Vaccination in Burma 1889-1999 - 1889-1999
Year: 1889
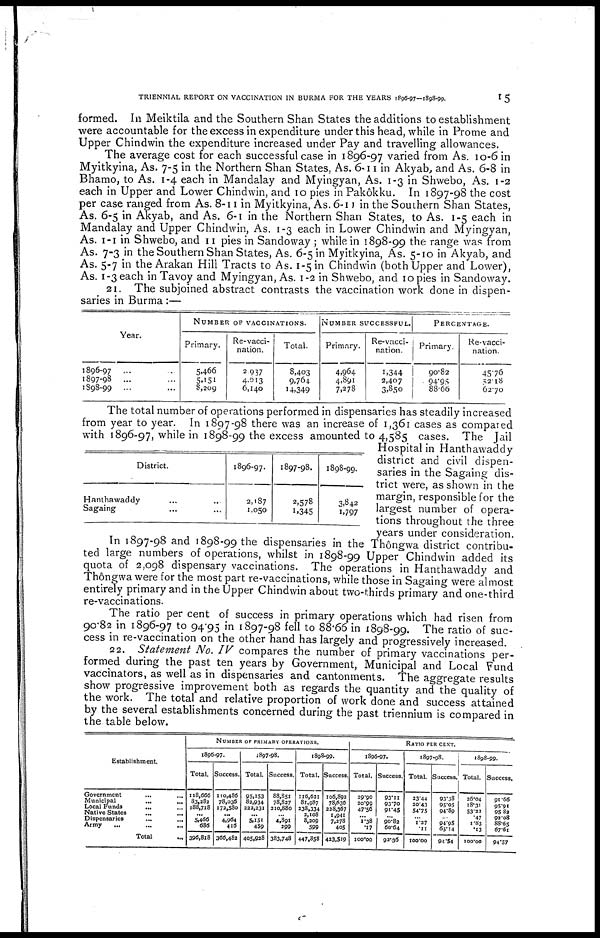
TRIENNIAL REPORT ON VACCINATION IN BURMA FOR THE YEARS 1896-97-1898-99.
15
formed. In Meiktila and the Southern Shan States the additions to establishment
were accountable for the excess in expenditure under this head, while in Prome and
Upper Chindwin the expenditure increased under Pay and travelling allowances.
The average cost for each successful case in 1896-97 varied from As. 10-6 in
Myitkyina, As. 7-5 in the Northern Shan States, As. 6-11 in Akyab, and As. 6-8 in
Bhamo, to As. 1-4 each in Mandalay and Myingyan, As. 1-3 in Shwebo, As. 1-2
each in Upper and Lower Chindwin, and 10 pies in Pakôkku. In 1897-98 the cost
per case ranged from As. 8-11 in Myitkyina, As. 6-11 in the Southern Shan States,
As. 6-5 in Akyab, and As. 6-1 in the Northern Shan States, to As. 1-5 each in
Mandalay and Upper Chindwin, As. 1-3 each in Lower Chindwin and Myingyan,
As. 1-1 in Shwebo, and 11 pies in Sandoway ; while in 1898-99 the range was from
As. 7-3 in the Southern Shan States, As. 6-5 in Myitkyina, As. 5-10 in Akyab, and
As. 5-7 in the Arakan Hill Tracts to As. 1-5 in Chindwin (both Upper and Lower),
As. 1-3 each in Tavoy and Myingyan, As. 1-2 in Shwebo, and 10 pies in Sandoway.
21. The subjoined abstract contrasts the vaccination work done in dispen-
saries in Burma:—
Year.
1896-97 ...
1897-98 ...
1898-99 ...
NUMBER OF VACCINATIONS.
Primary.
5,466
5,151
8,209
Re-vacci-
nation.
2,937
4,613
6,140
Total.
8,403
9,764
14,349
NUMBER SUCCESSFUL.
Primary.
4,964
4,891
7,278
Re-vacci-
nation.
1,344
2,407
3,850
PERCENTAGE.
Primary.
90.82
94.95
88.66
Re-vacci-
nation.
45.76
52.18
62.70
The total number of operations performed in dispensaries has steadily increased
from year to year. In 1897-98 there was an increase of 1,361 cases as compared
with 1896-97, while in 1898-99 the excess amounted to 4,585 cases. The Jail
Hospital in Hanthawaddy
district and civil dispen-
saries in the Sagaing dis-
trict were, as shown in the
margin, responsible for the
largest number of opera-
tions throughout the three
years under consideration.
In 1897-98 and 1898-99 the dispensaries in the Thôngwa district contribu-
ted large numbers of operations, whilst in 1898-99 Upper Chindwin added its
quota of 2,098 dispensary vaccinations. The operations in Hanthawaddy and
Thôngwa were for the most part re-vaccinations, while those in Sagaing were almost
entirely primary and in the Upper Chindwin about two-thirds primary and one-third
re-vaccinations.
The ratio per cent of success in primary operations which had risen from
90.82 in 1896-97 to 94.95 in 1897-98 fell to 88.66 in 1898-99. The ratio of suc-
cess in re-vaccination on the other hand has largely and progressively increased.
22. Statement No. IV compares the number of primary vaccinations per-
formed during the past ten years by Government, Municipal and Local Fund
vaccinators, as well as in dispensaries and cantonments. The aggregate results
show progressive improvement both as regards the quantity and the quality of
the work. The total and relative proportion of work done and success attained
by the several establishments concerned during the past triennium is compared in
the table below.
District.
Hanthawaddy ... ...
Sagaing ... ...
1896-97.
2,187
1,050
1897-98.
2,578
1,345
1898-99.
3,842
1,797
Establishment.
Government ... ...
Municipal
...
...
Local Funds
... ...
Native States ... ...
Dispensaries ... ...
Army
...
...
...
Tota1
...
NUMBER OF PRIMARY OPERATIONS.
1896-97.
Total.
118,666
83,382
188,718
...
5,466 686
396,818
Success.
110,486
78,036
172,580
...
4,964
416
366,482
1897-98.
Total.
95,153
83,934
222,231
...
5,151
459
405,928
Success.
88,851
78,827
210,880
...
4,891
399
383,748
1898-99.
Total.
116,621
81,987
238,334
2,108
8,209
599
447,858
Success.
106,892
78,636
338,367
1,941
7,278
405
423,519
RATIO PER CENT.
1896-97.
Total.
29.90
20.99
47.56
...
1.38
.17
100.00
Success.
93.11
93.70
91.45
...
90.82
60.64
92.36
1897-98.
Total.
33.44
20.43
54.75
...
1.27
.11
100.00
Success.
93.38
95.05
94.89
...
94.95
65.14
94.54
1898-99.
Total.
26.04
18.31
53.22
.47 1.83
.13
100.00
Success.
91.66
95.91 95.82
92.08 88.65
67.61
94.57